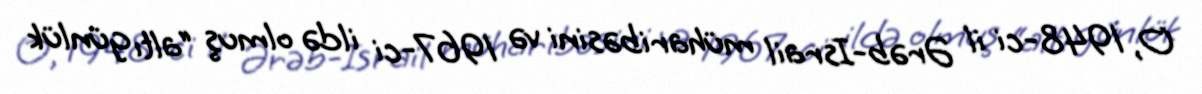
O, 1948-ci il Ərəb-Israil müharibəsini və 1967-ci ildə olmuş “altı günlük